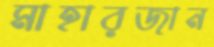
মাহারজান